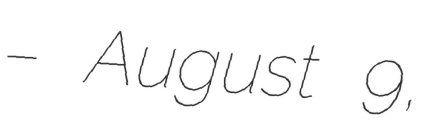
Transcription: – August 9,